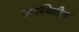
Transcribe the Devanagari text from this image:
उपस्थितीला